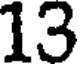
13